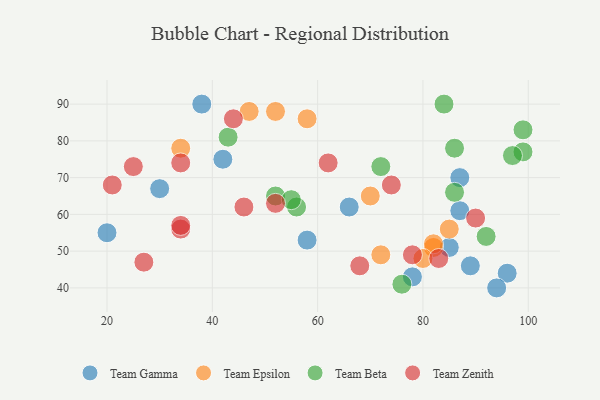
{"axis": {"x": "GDP", "y": "Life Expectancy"}, "legend": ["Team Beta", "Team Epsilon", "Team Gamma", "Team Zenith"], "data": [{"x": "96", "y": 44, "type": "Team Gamma"}, {"x": "20", "y": 55, "type": "Team Gamma"}, {"x": "42", "y": 75, "type": "Team Gamma"}, {"x": "85", "y": 51, "type": "Team Gamma"}, {"x": "30", "y": 67, "type": "Team Gamma"}, {"x": "87", "y": 61, "type": "Team Gamma"}, {"x": "94", "y": 40, "type": "Team Gamma"}, {"x": "58", "y": 53, "type": "Team Gamma"}, {"x": "66", "y": 62, "type": "Team Gamma"}, {"x": "78", "y": 43, "type": "Team Gamma"}, {"x": "38", "y": 90, "type": "Team Gamma"}, {"x": "89", "y": 46, "type": "Team Gamma"}, {"x": "87", "y": 70, "type": "Team Gamma"}, {"x": "82", "y": 51, "type": "Team Epsilon"}, {"x": "70", "y": 65, "type": "Team Epsilon"}, {"x": "52", "y": 88, "type": "Team Epsilon"}, {"x": "82", "y": 52, "type": "Team Epsilon"}, {"x": "34", "y": 78, "type": "Team Epsilon"}, {"x": "80", "y": 48, "type": "Team Epsilon"}, {"x": "58", "y": 86, "type": "Team Epsilon"}, {"x": "72", "y": 49, "type": "Team Epsilon"}, {"x": "85", "y": 56, "type": "Team Epsilon"}, {"x": "47", "y": 88, "type": "Team Epsilon"}, {"x": "52", "y": 65, "type": "Team Beta"}, {"x": "56", "y": 62, "type": "Team Beta"}, {"x": "84", "y": 90, "type": "Team Beta"}, {"x": "99", "y": 83, "type": "Team Beta"}, {"x": "99", "y": 77, "type": "Team Beta"}, {"x": "86", "y": 66, "type": "Team Beta"}, {"x": "76", "y": 41, "type": "Team Beta"}, {"x": "97", "y": 76, "type": "Team Beta"}, {"x": "86", "y": 78, "type": "Team Beta"}, {"x": "72", "y": 73, "type": "Team Beta"}, {"x": "43", "y": 81, "type": "Team Beta"}, {"x": "92", "y": 54, "type": "Team Beta"}, {"x": "55", "y": 64, "type": "Team Beta"}, {"x": "21", "y": 68, "type": "Team Zenith"}, {"x": "74", "y": 68, "type": "Team Zenith"}, {"x": "34", "y": 56, "type": "Team Zenith"}, {"x": "78", "y": 49, "type": "Team Zenith"}, {"x": "34", "y": 57, "type": "Team Zenith"}, {"x": "27", "y": 47, "type": "Team Zenith"}, {"x": "52", "y": 63, "type": "Team Zenith"}, {"x": "90", "y": 59, "type": "Team Zenith"}, {"x": "44", "y": 86, "type": "Team Zenith"}, {"x": "62", "y": 74, "type": "Team Zenith"}, {"x": "46", "y": 62, "type": "Team Zenith"}, {"x": "25", "y": 73, "type": "Team Zenith"}, {"x": "68", "y": 46, "type": "Team Zenith"}, {"x": "83", "y": 48, "type": "Team Zenith"}, {"x": "34", "y": 74, "type": "Team Zenith"}]}